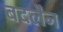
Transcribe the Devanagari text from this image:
बदलैन